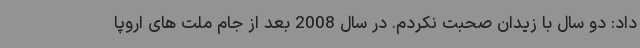
داد: دو سال با زیدان صحبت نکردم. در سال 2008 بعد از جام ملت های اروپا